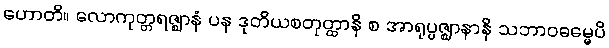
ဟောတိ။ လောကုတ္တရဇ္ဈာနံ ပန ဒုတိယစတုတ္ထာနိ စ အာရုပ္ပဇ္ဈာနာနိ သဘာဝဓမ္မေပိ